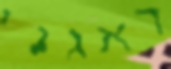
דאגני